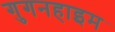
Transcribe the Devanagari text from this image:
गुगनहाइम